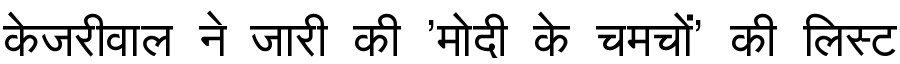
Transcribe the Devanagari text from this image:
केजरीवाल ने जारी की 'मोदी के चमचों' की लिस्ट